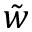
\tilde { w }